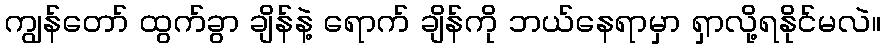
ကျွန်တော် ထွက်ခွာ ချိန်နဲ့ ရောက် ချိန်ကို ဘယ်နေရာမှာ ရှာလို့ရနိုင်မလဲ။